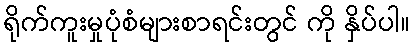
ရိုက်ကူးမှုပုံစံများစာရင်းတွင် ကို နှိပ်ပါ။